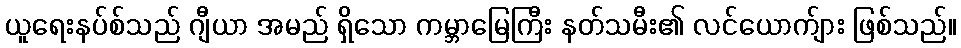
ယူရေးနပ်စ်သည် ဂျီယာ အမည် ရှိသော ကမ္ဘာမြေကြီး နတ်သမီး၏ လင်ယောက်ျား ဖြစ်သည်။